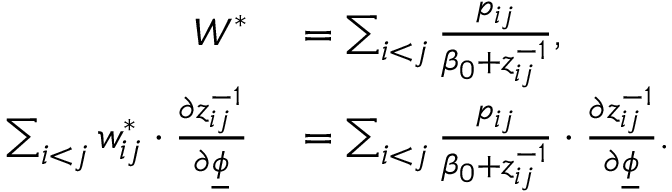
\begin{array} { r l } { W ^ { * } } & { { } = \sum _ { i < j } \frac { p _ { i j } } { \beta _ { 0 } + z _ { i j } ^ { - 1 } } , } \\ { \sum _ { i < j } w _ { i j } ^ { * } \cdot \frac { \partial z _ { i j } ^ { - 1 } } { \partial \underline { { \phi } } } } & { { } = \sum _ { i < j } \frac { p _ { i j } } { \beta _ { 0 } + z _ { i j } ^ { - 1 } } \cdot \frac { \partial z _ { i j } ^ { - 1 } } { \partial \underline { { \phi } } } . } \end{array}